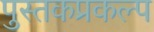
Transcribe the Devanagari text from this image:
पुस्तकप्रकल्प